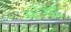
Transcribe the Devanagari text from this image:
ग॓गा